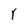
Character: r